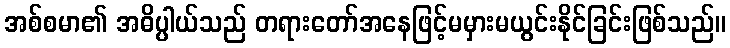
အစ်စမာ၏ အဓိပ္ပါယ်သည် တရားတော်အနေဖြင့်မမှားမယွင်းနိုင်ခြင်းဖြစ်သည်။